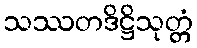
သဿတဒိဋ္ဌိသုတ္တံ